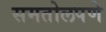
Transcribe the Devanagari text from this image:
समतोलपणे